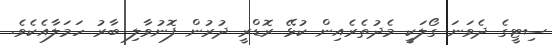
ސިޓީގެ ދެވަނަ ގޯލަކީ މެދުތެރެއިން ކުޅޭ ރޮޑްރީ ދުރުން ފޮނުވާލި ބާރު ހަމަލާއެކެވެ.